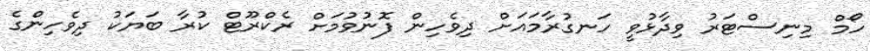
ހޯމް މިނިސްޓަރު ވިދާޅުވީ ހަނގުރާމައަށް ދިވެހިން ފޮނުވުމަށް ރެކްރޫޓް ކުރާ ބަޔަކު ދިވެހިންގެ